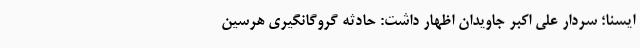
ایسنا؛ سردار علی اکبر جاویدان اظهار داشت: حادثه گروگانگیری هرسین